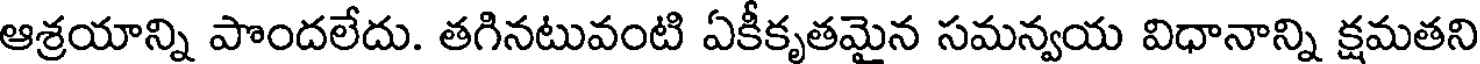
ఆశ్రయాన్ని పొందలేదు. తగినటువంటి ఏకీకృతమైన సమన్వయ విధానాన్ని క్షమతని